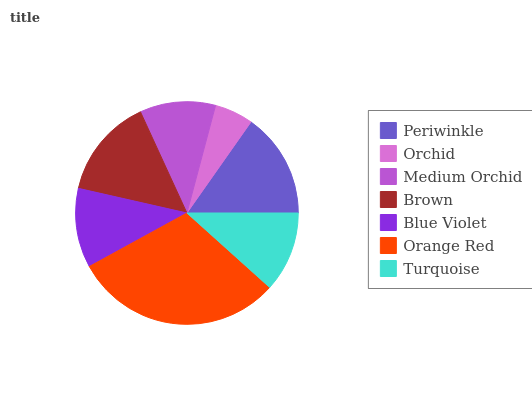
| Periwinkle | Orchid | Medium Orchid | Brown | Blue Violet | Orange Red | Turquoise |
 | --- | --- | --- | --- | --- | --- | --- |
 | 15.2% | 5.62% | 11% | 14.6% | 11.5% | 30.4% | 11.6% |